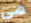
هي